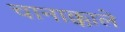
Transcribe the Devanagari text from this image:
चानाक्काले